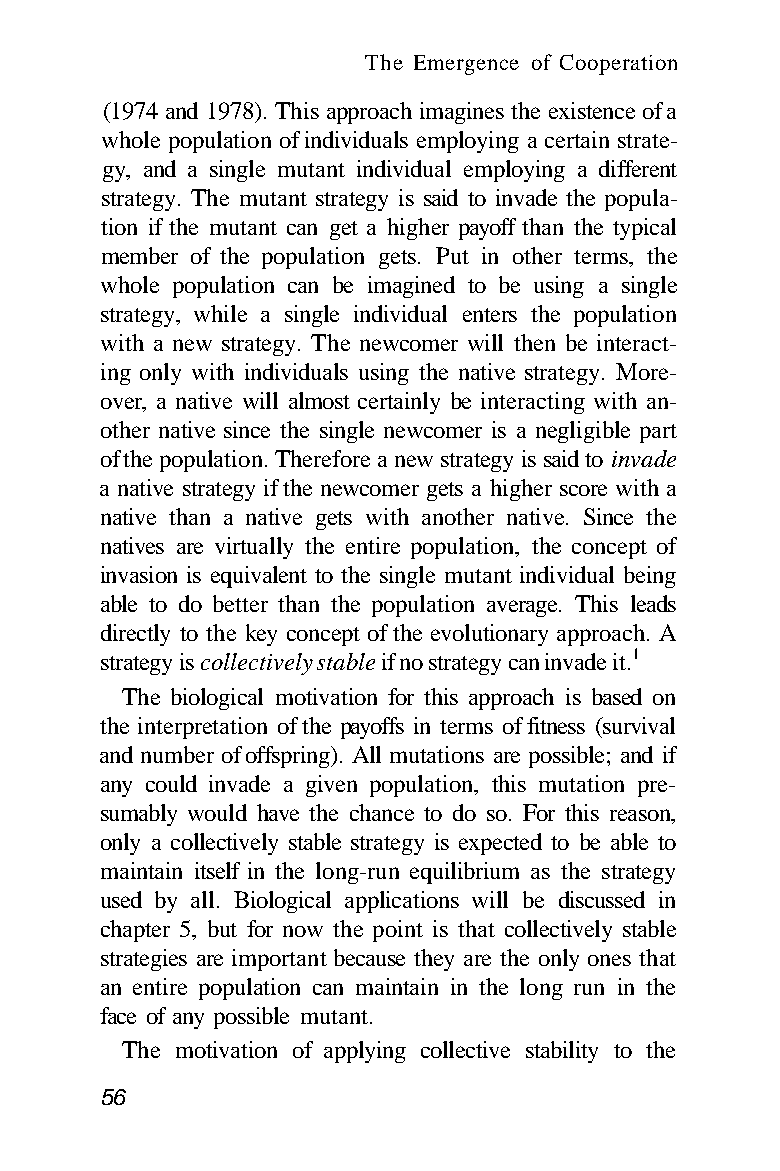
The Emergence of Cooperation
 (1974 and 1978). This approach imagines the existence of a
 whole population of individuals employing a certain strate-
 gy, and a single mutant individual employing a different
 strategy. The mutant strategy is said to invade the popula-
 tion if the mutant can get a higher payoff than the typical
 member of the population gets. Put in other terms, the
 whole population can be imagined to be using a single
 strategy, while a single individual enters the population
 with a new strategy. The newcomer will then be interact-
 ing only with individuals using the native strategy. More-
 over, a native will almost certainly be interacting with an-
 other native since the single newcomer is a negligible part
 of the population. Therefore a new strategy is said to invade
 a native strategy if the newcomer gets a higher score with a
 native than a native gets with another native. Since the
 natives are virtually the entire population, the concept of
 invasion is equivalent to the single mutant individual being
 able to do better than the population average. This leads
 directly to the key concept of the evolutionary approach. A
 strategy is collectively stable if no strategy can invade it.1
 The biological motivation for this approach is based on
 the interpretation of the payoffs in terms of fitness (survival
 and number of offspring). All mutations are possible; and if
 any could invade a given population, this mutation pre-
 sumably would have the chance to do so. For this reason,
 only a collectively stable strategy is expected to be able to
 maintain itself in the long-run equilibrium as the strategy
 used by all. Biological applications will be discussed in
 chapter 5, but for now the point is that collectively stable
 strategies are important because they are the only ones that
 an entire population can maintain in the long run in the
 face of any possible mutant.
 The motivation of applying collective stability to the
 56